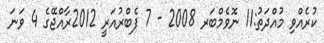
ކުރެއްވި މުއްދަތު:11 ނޮވެމްބަރ 2008 - 7 ފެބްރުއަރީ 2012ރާއްޖޭގެ 4 ވަނަ